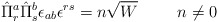
\begin{align*}\hat{\Pi}_{r}^{a}\hat{\Pi}_{s}^{b}\epsilon_{ab}\epsilon^{rs}=n\sqrt{W} \hspace{1cm} n \neq 0 \end{align*}